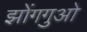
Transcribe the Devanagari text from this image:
झोंगगुओ